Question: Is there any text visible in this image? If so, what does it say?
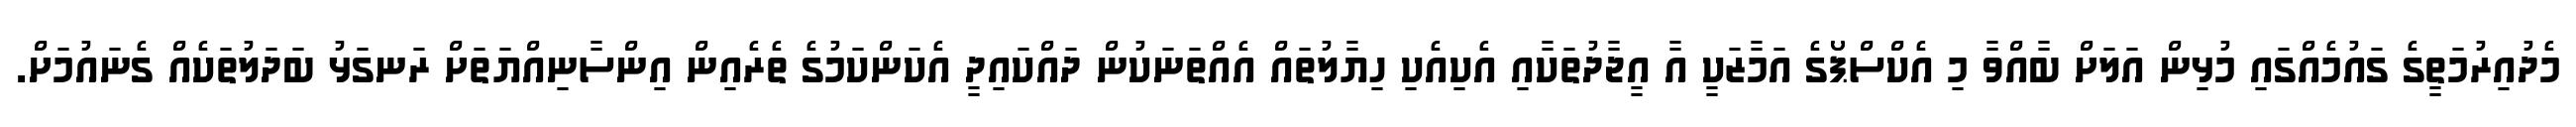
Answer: މެދުއިރުމަތީގެ ގައުމެއްގައި މުޅިން އަލަށް ބާއްވާ މި އެކްސްޕޯގެ އަމާޒަކީ އާ އީޖާދުތަކާއި އެކިއެކި ހިޔާލުތައް އެއްތަނަކުން ދައްކައިދީ އެކަންކަމުގެ ތެރެއިން އިންސާނިއްޔަތަށް ރަނގަޅު ބަދަލުތަކެއް ގެނައުމަށް.